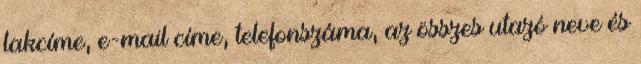
lakcíme, e-mail címe, telefonszáma, az összes utazó neve és